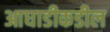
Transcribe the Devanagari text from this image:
आघाडीकडील